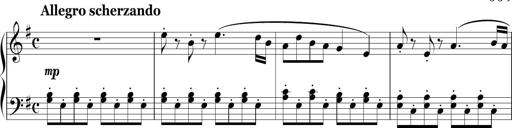
Title: Sonatina in E minor
Composer: Shuwen Zhang
Key: E minor